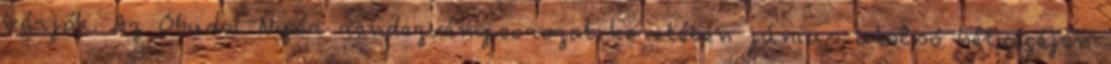
várják. Az Óbudai Nyár rendezvénysorozat keretében június utolsó hétvégéjén